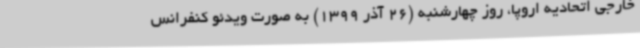
خارجی اتحادیه اروپا، روز چهارشنبه (26 آذر 1399) به صورت ویدئو کنفرانس